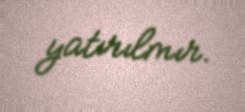
yatırılmır.